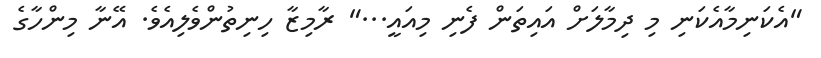
"އެކަނިމާއެކަނި މި ދިމާލަށް އައިތަން ފެނި މިއައީ..." ރާމިޒާ ހިނިތުންވެލިއެވެ. އޭނާ މިންހާގެ